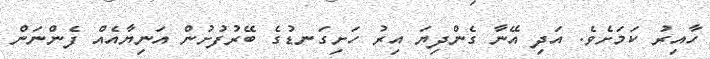
ހާއިރު ކަމަށެވެ. އަދި އޭނާ ގެންދިޔަ އިރު ހަށިގަނޑުގެ ބޭރުފުށުން އަނިޔާއެއް ފެންނަން